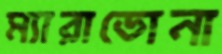
ম্যারাডোনা